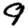
Digit: 9